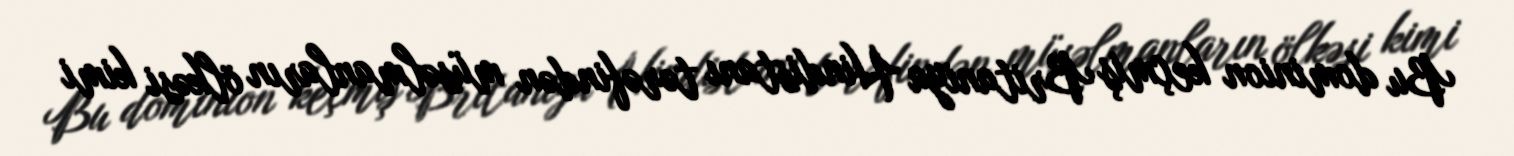
Bu dominion keçmiş Britaniya Hindistanı tərəfindən müsəlmanların ölkəsi kimi